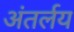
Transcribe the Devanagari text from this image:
अंतर्लय